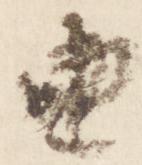
由